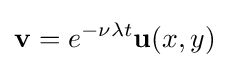
\mathbf {v} =e^{-\nu \lambda t}\mathbf {u} (x,y)